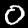
Label: 0